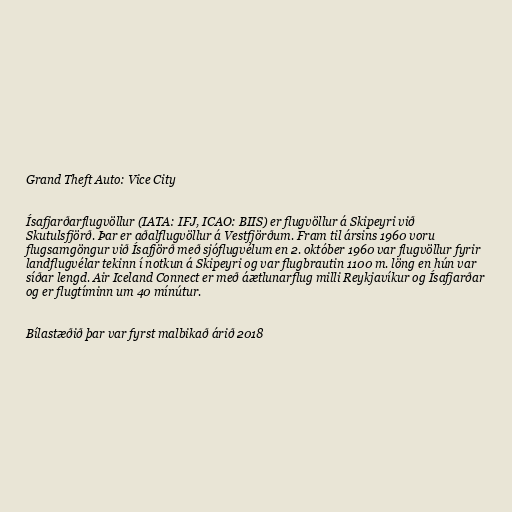
Grand Theft Auto: Vice City

Ísafjarðarflugvöllur (IATA: IFJ, ICAO: BIIS) er flugvöllur á Skipeyri við
Skutulsfjörð. Þar er aðalflugvöllur á Vestfjörðum. Fram til ársins 1960 voru
flugsamgöngur við Ísafjörð með sjóflugvélum en 2. október 1960 var flugvöllur fyrir
landflugvélar tekinn í notkun á Skipeyri og var flugbrautin 1100 m. löng en hún var
síðar lengd. Air Iceland Connect er með áætlunarflug milli Reykjavíkur og Ísafjarðar
og er flugtíminn um 40 mínútur.

Bílastæðið þar var fyrst malbikað árið 2018